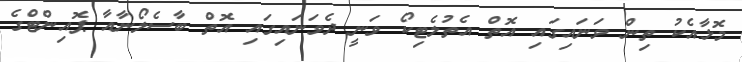
މޮޅާއެކު ތިން ވަނައިގައި އޮތް އެތުލެޓިކޯ ވަނީ ދެވަނައިގައި އޮތް ބާސެލޯނާއާ ޕޮއިންޓްގެ